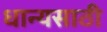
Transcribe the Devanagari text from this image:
धान्यसाठी